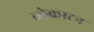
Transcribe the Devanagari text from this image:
ब्लेकस्टन